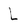
Character: L